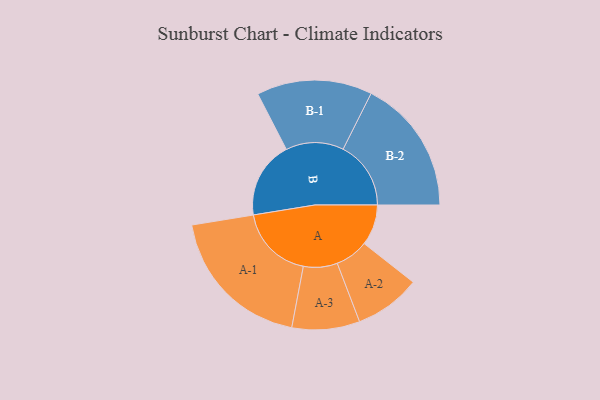
{"axis": {"x": "Segment", "y": "Value"}, "legend": ["", "A", "B"], "data": [{"x": "A", "y": 159, "type": ""}, {"x": "B", "y": 300, "type": ""}, {"x": "A-1", "y": 292, "type": "A"}, {"x": "A-2", "y": 129, "type": "A"}, {"x": "A-3", "y": 132, "type": "A"}, {"x": "B-1", "y": 225, "type": "B"}, {"x": "B-2", "y": 264, "type": "B"}]}